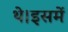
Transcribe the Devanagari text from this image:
थे।इसमें